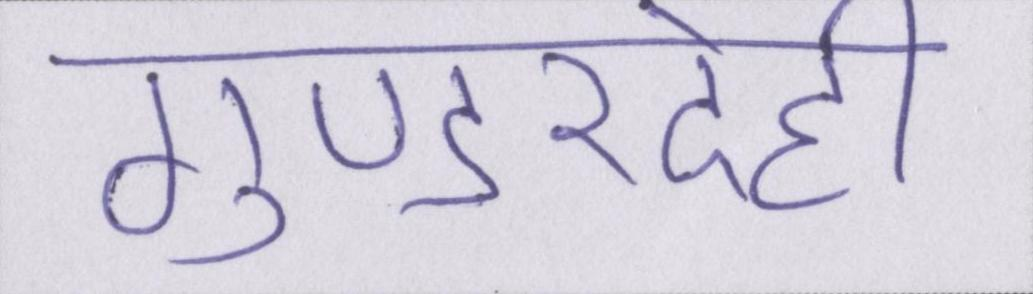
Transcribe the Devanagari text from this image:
गुण्डरदेही